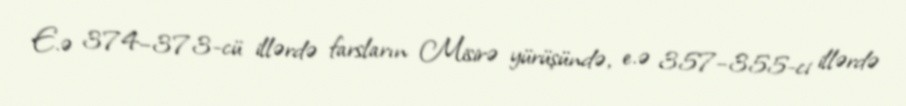
E.ə 374–373-cü illərdə farsların Misirə yürüşündə, e.ə 357–355-ci illərdə